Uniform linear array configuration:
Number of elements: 12
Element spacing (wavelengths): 0.5
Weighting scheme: hann
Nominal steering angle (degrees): -45
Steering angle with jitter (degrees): -44.306
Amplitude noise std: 0.05
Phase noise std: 0.05

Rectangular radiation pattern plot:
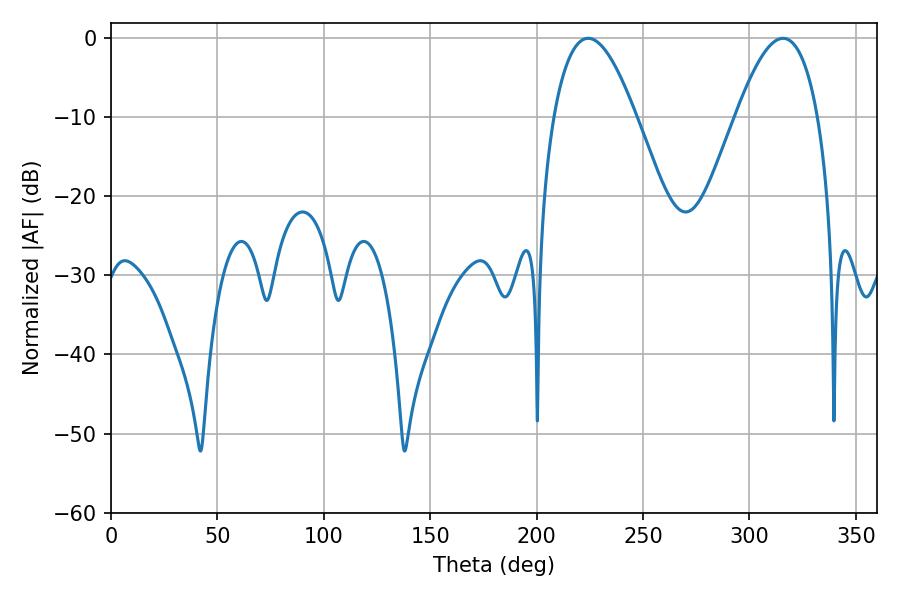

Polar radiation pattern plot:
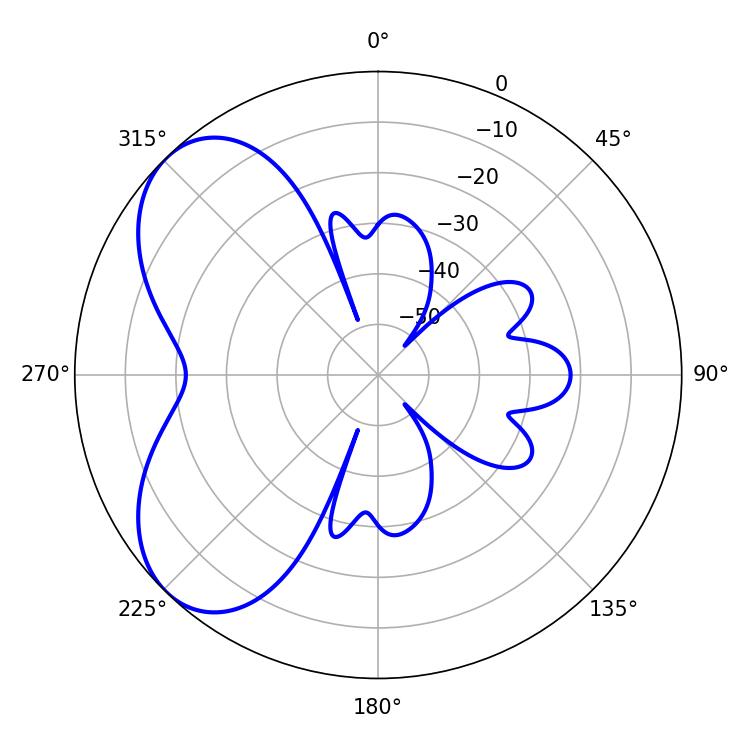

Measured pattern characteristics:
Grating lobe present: FALSE
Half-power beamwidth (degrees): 21.24
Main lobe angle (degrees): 224.28